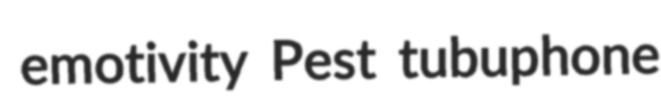
emotivity Pest tubuphone